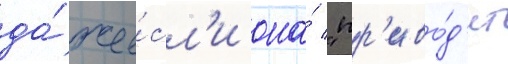
да́же е́сл'и она́ "пр'иво́д'ит